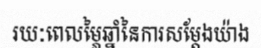
រយៈពេលម្ភៃឆ្នាំនៃការសម្តែងយ៉ាង